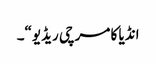
انڈیا کا مرچی ریڈیو“۔